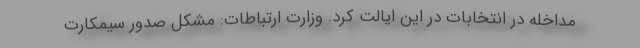
مداخله در انتخابات در این ایالت کرد. وزارت ارتباطات: مشکل صدور سیمکارت